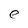
Character: e